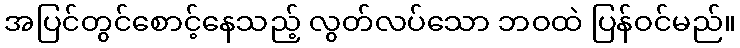
အပြင်တွင်စောင့်နေသည့် လွတ်လပ်သော ဘဝထဲ ပြန်ဝင်မည်။